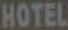
HOTEL